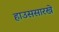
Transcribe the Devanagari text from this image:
हाउससारखे